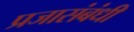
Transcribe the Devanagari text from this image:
प्रजासंबंधी